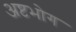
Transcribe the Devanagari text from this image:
अष्टभोग